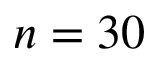
n = 3 0